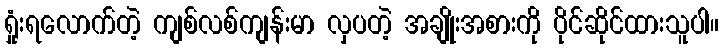
ရှုံးရလောက်တဲ့ ကျစ်လစ်ကျန်းမာ လှပတဲ့ အချိုးအစားကို ပိုင်ဆိုင်ထားသူပါ။